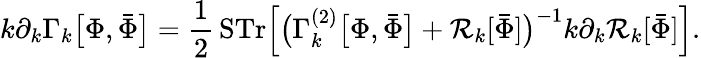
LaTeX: k\partial_{k}\Gamma_{k}{\big[}\Phi,{\bar{\Phi}}{\big]}={\frac{1}{2}}\, {\mathrm{STr}}{\Big[}{\big(}\Gamma_{k}^{(2)}{\big[}\Phi,{\bar{\Phi}}{\big]}+{\mathcal{R}}_{k}[{\bar{\Phi}}]{\big)}^{-1}k\partial_{k}{\mathcal{R}}_{k}[{\bar{\Phi}}]{\Big]}.